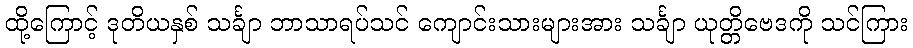
ထို့ကြောင့် ဒုတိယနှစ် သင်္ချာ ဘာသာရပ်သင် ကျောင်းသားများအား သင်္ချာ ယုတ္တိဗေဒကို သင်ကြား